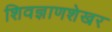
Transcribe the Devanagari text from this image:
शिवज्ञाणशेखर